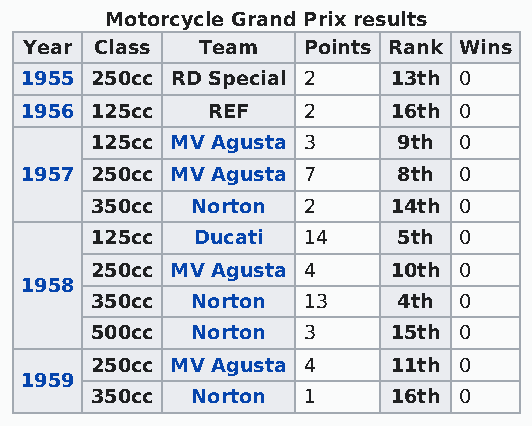
Motorcycle Grand Prix results
 Year Class Team   Points Rank Wins
 1955 250cc RD Special 2  13th 0
 1956 125cc   REF   2     16th 0
 125cc MV Agusta 3   9th 0
 1957 250cc MV Agusta 7   8th 0
 350cc  Norton 2     14th 0
 125cc  Ducati 14    5th 0
 250cc MV Agusta 4   10th 0
 1958
 350cc  Norton 13    4th 0
 500cc  Norton 3     15th 0
 250cc MV Agusta 4   11th 0
 1959
 350cc  Norton 1     16th 0